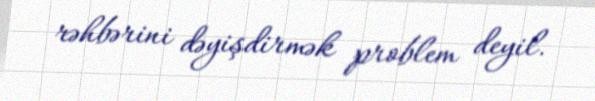
rəhbərini dəyişdirmək problem deyil.